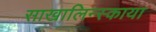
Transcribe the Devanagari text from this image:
साखालिन्स्काया